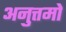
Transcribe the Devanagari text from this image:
अनुत्तमो